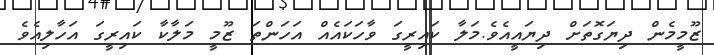
ޒޫމީމެން ދިޔަގޮތަށް ދިޔައީއެވެ.މަލާ ކައިރީގަ ވާހަކައެއް އަހަންތަ ޒޫމީ މަލާކާ ކައިރީގަ އަހާލިއެވެ